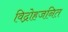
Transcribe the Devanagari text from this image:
विद्रोहजनित